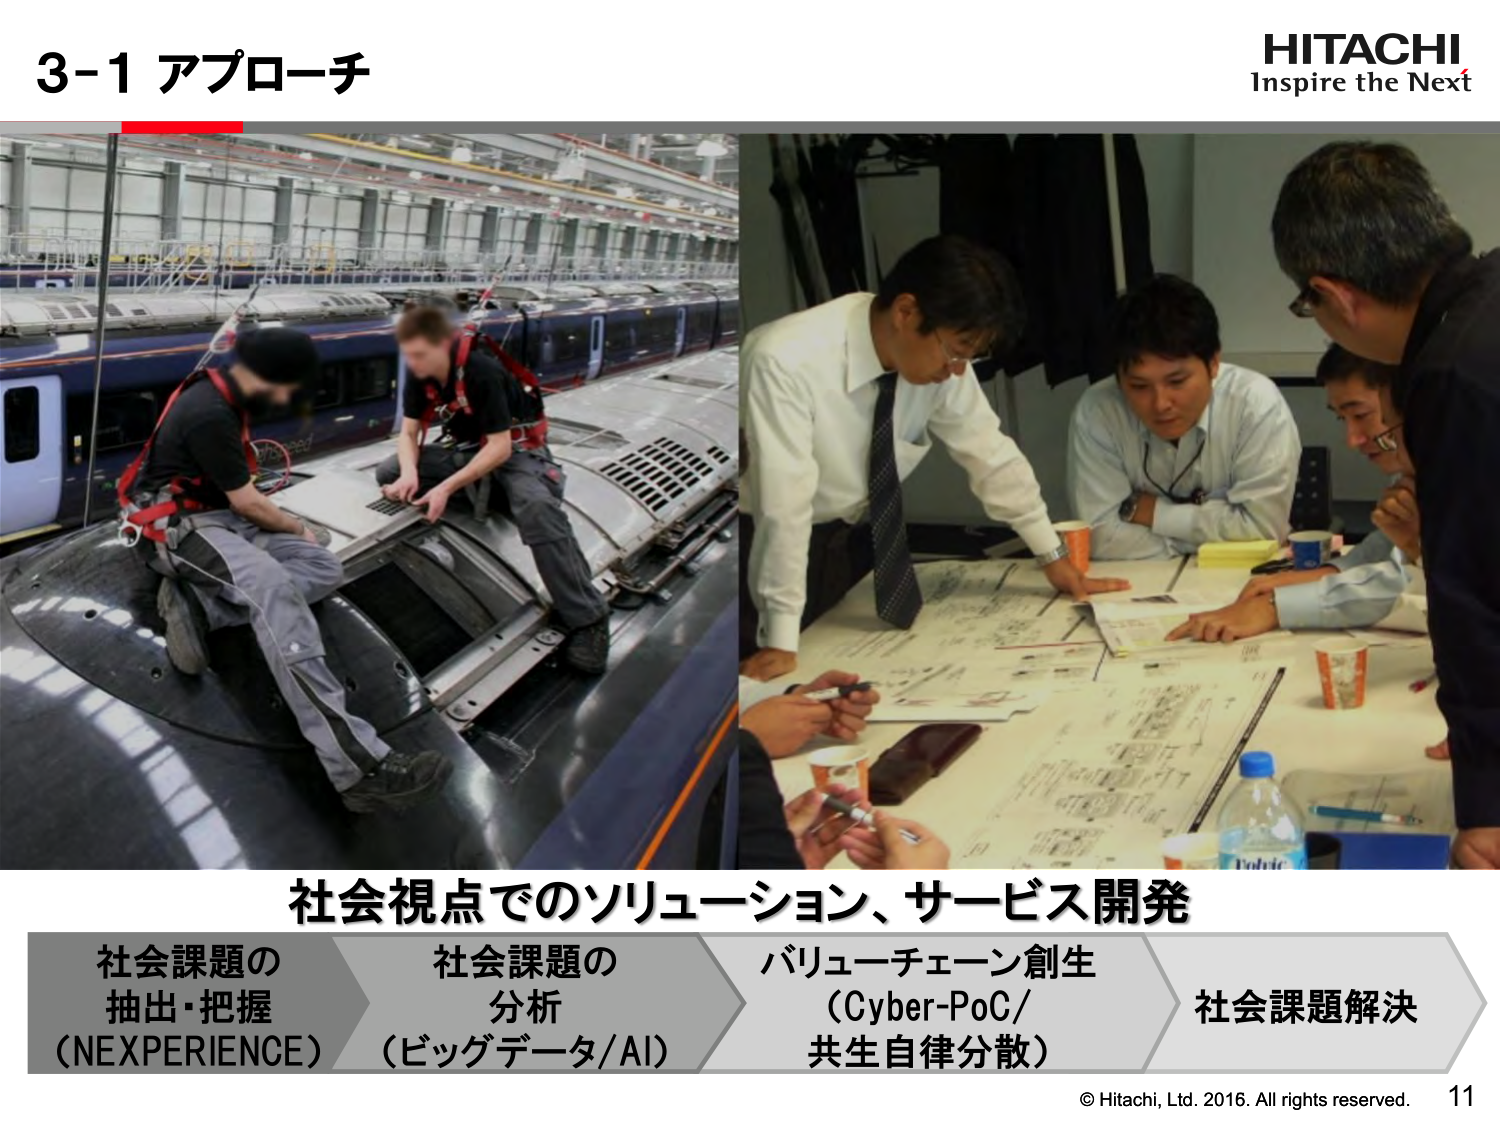
3-1 アプローチ
HITACHI
Inspire the Next
社会視点でのソリューション、サービス開発
社会課題の
抽出・把握
(NEXPERIENCE)
社会課題の
分析
(ビッグデータ/AI)
バリューチェーン創生
(Cyber-PoC/
共生自律分散)
社会課題解決
© Hitachi, Ltd. 2016. All rights reserved.
11